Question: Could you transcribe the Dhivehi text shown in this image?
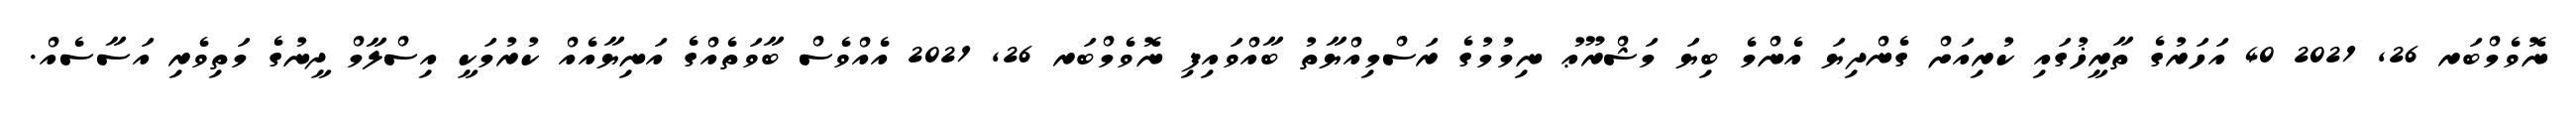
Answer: ނޮވެމްބަރ 26, 2021 40 އަހަރުގެ ތާރީޚުގައި ކުރިއަށް ގެންދިޔަ އެންމެ ބިޔަ މަޝްރޫޢު ނިމުމުގެ ރަސްމިއްޔާތު ބާއްވައިފި ނޮވެމްބަރ 26, 2021 އެއްވެސް ބާވަތެއްގެ އަނިޔާއެއް ކުރުމަކީ އިސްލާމް ދީނުގެ މަތިވެރި އަސާސެއް.